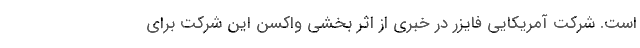
است. شرکت آمریکایی فایزر در خبری از اثر بخشی واکسن این شرکت برای